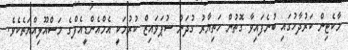
މާކެޓިން ކަރުދާހުގައި ބުނެފައިވާ ގޮތުން ހަތިޔާރު ގުދަން ސުޕަވައިޒް ކުރުމަކީ އެމްއެންޑީއެފްގެ މަސްއޫލިއްޔަތެކެވެ.